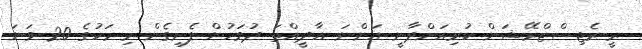
ރީ-ރެޖިސްޓްރޭޝަން ކުރިއަށްދާނީ އަންނަ އާދީއްތަ ދުވަހުން ފެށިގެން މި މަހުގެ 20 ވަނަ